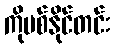
ကိုဗစ်နိုင်တင်း